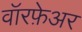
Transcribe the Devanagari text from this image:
वॉरफ़ेअर